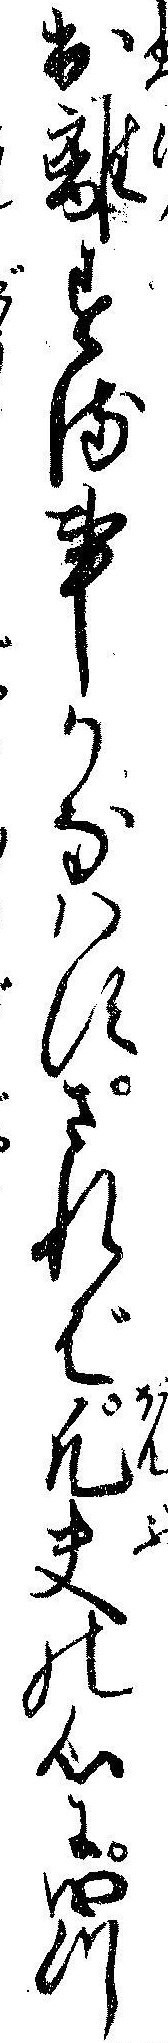
出離する事かなハすされば凡夫の心に四つ